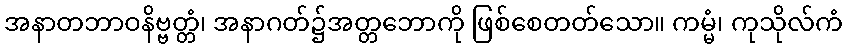
အနာတဘာဝနိဗ္ဗတ္တံ၊ အနာဂတ်၌အတ္တဘောကို ဖြစ်စေတတ်သော။ ကမ္မံ၊ ကုသိုလ်ကံ